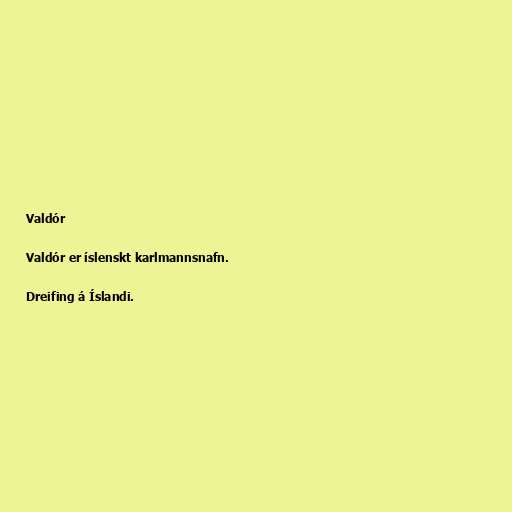
Valdór

Valdór er íslenskt karlmannsnafn.

Dreifing á Íslandi.